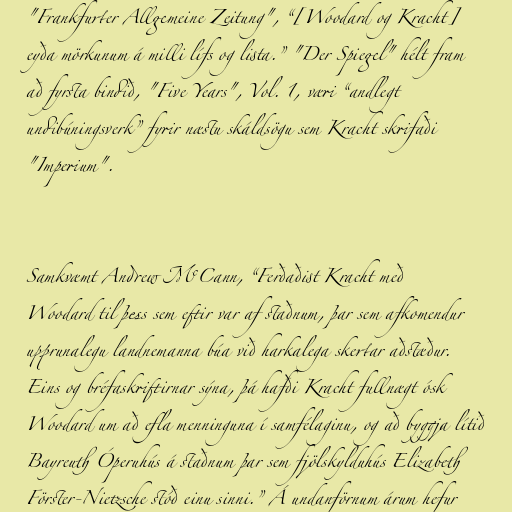
"Frankfurter Allgemeine Zeitung", “[Woodard og Kracht]
eyða mörkunum á milli lífs og lista.” "Der Spiegel" hélt fram
að fyrsta bindið, "Five Years", Vol. 1, væri “andlegt
undibúningsverk” fyrir næstu skáldsögu sem Kracht skrifaði
"Imperium".

Samkvæmt Andrew McCann, “Ferðaðist Kracht með
Woodard til þess sem eftir var af staðnum, þar sem afkomendur
upprunalegu landnemanna búa við harkalega skertar aðstæður.
Eins og bréfaskriftirnar sýna, þá hafði Kracht fullnægt ósk
Woodard um að efla menninguna í samfélaginu, og að byggja lítið
Bayreuth Óperuhús á staðnum þar sem fjölskylduhús Elizabeth
Förster-Nietzsche stóð einu sinni.” Á undanförnum árum hefur